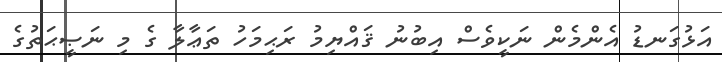
އަޅުގަނޑު އެންމެން ނަކީވެސް އިބުނު ޤައްޔިމު ރަޙިމަހު ތަޢާލާ ގެ މި ނަޞީޙަތުގެ